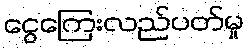
ငွေကြေးလည်ပတ်မှု